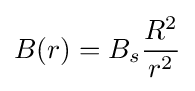
B(r)=B_{s}{\frac {R^{2}}{r^{2}}}